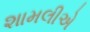
શામલીએ